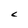
Character: c